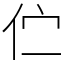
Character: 伫